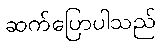
ဆက်ပြောပါသည်